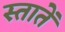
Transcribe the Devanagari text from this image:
स्तातें